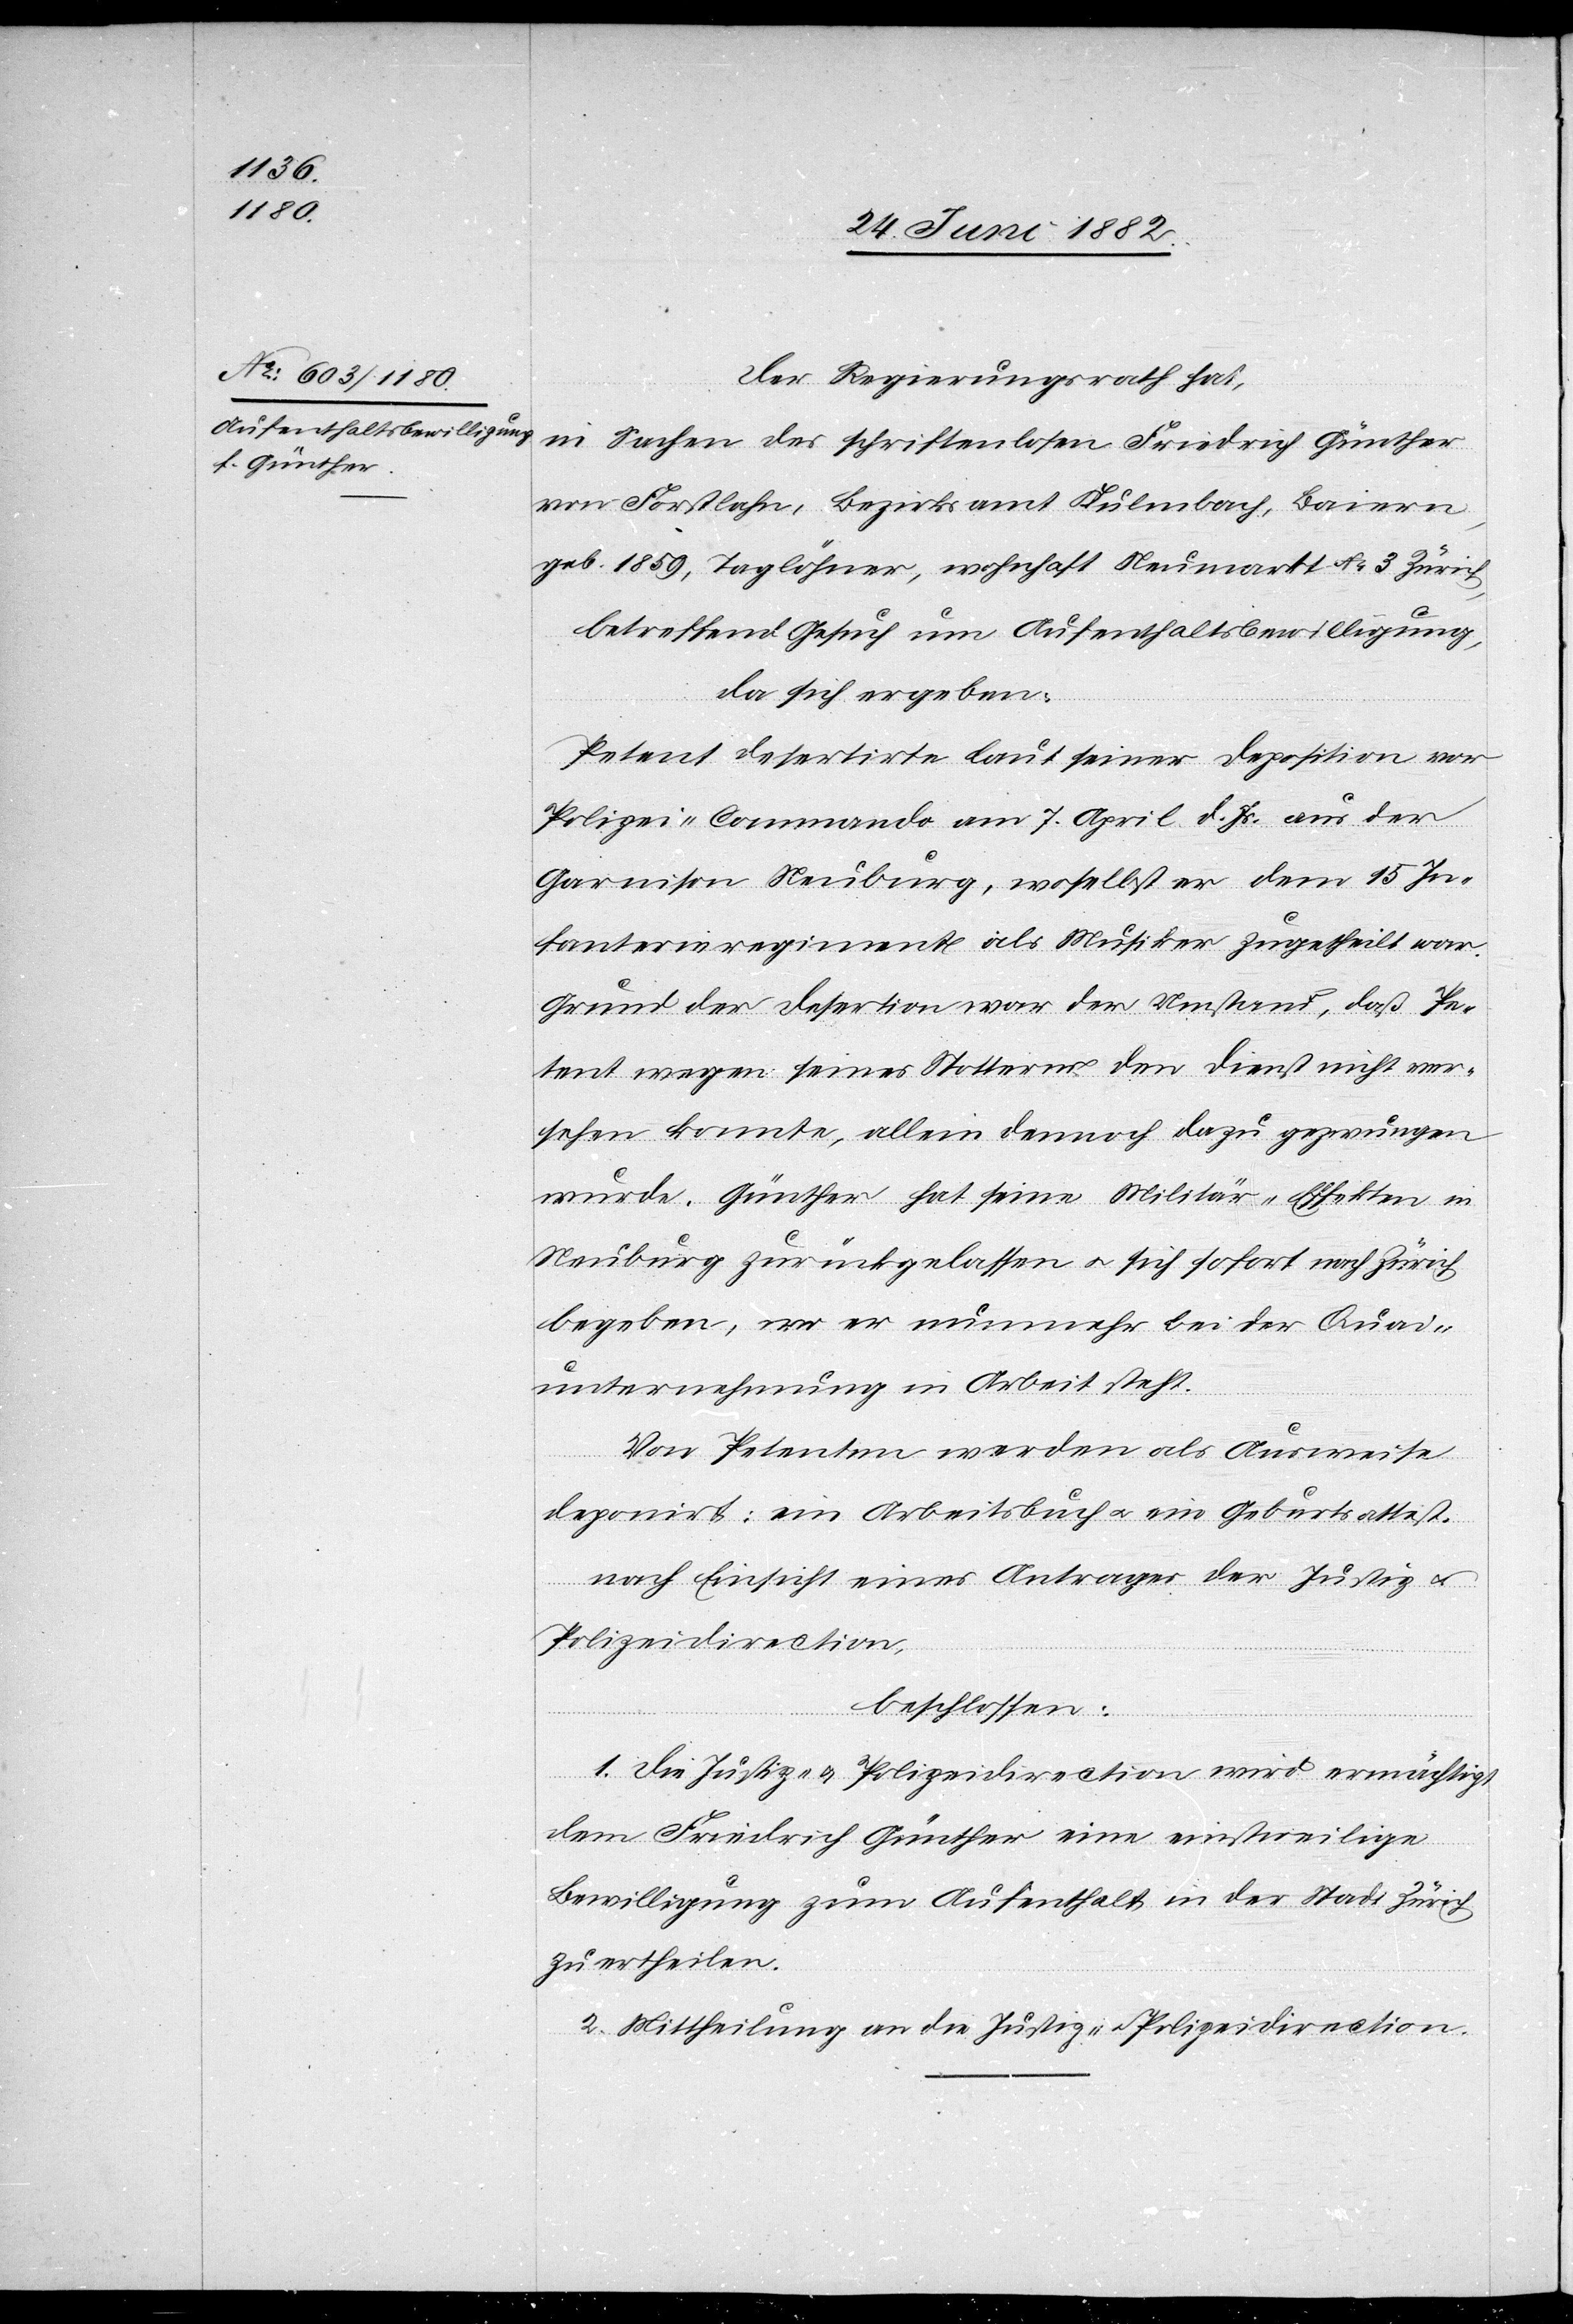
Der Regierungsrath hat,
in Sachen des schriftenlosen Friedrich Günther
[recte: Forstlahm], Bezirksamt Kulmbach, Baiern,
geb. 1859, Taglöhner, wohnhaft Neumarkt No 3 Zürich,
betreffend Gesuch um Aufenthaltsbewilligung,
da sich ergeben:
Petent desertirte laut seiner Deposition vor
Polizei-Commando am 7. April d. Js. aus der
Garnison Neuburg, woselbst er dem 15. In¬
fanterieregiment als Musiker zugetheilt war.
Grund der Desertion war der Umstand, daß Pe¬
tent wegen seines Stotterns den Dienst nicht ver¬
sehen konnte, allein dennoch dazu gezwungen
wurde. Günther hat seine Militär-Effekten in
Neuburg zurückgelassen u. sich sofort nach Zürich
begeben, wo er nunmehr bei der Quai¬
unternehmung in Arbeit steht.
vom] Petenten werden als Ausweise
deponirt: ein Arbeitsbuch u. ein Geburtsattest.
nach Einsicht eines Antrages der Justiz-
Polizeidirection,
beschlossen:
1. Die Justiz- u. Polizeidirection wird ermächtigt
dem Friedrich Günther eine einstweilige
Bewilligung zum Aufenthalt in der Stadt Zürich
zu ertheilen.
2. Mittheilung an die Justiz- u. Polizeidirection.